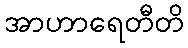
အာဟာရေတီတိ